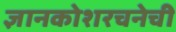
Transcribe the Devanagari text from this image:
ज्ञानकोशरचनेची